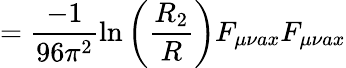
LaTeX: =\frac{-1}{96\pi^{2}}\ln\left(\frac{R_{2}}{R}\right)F_{\mu\nu ax}F_{\mu\nu ax}